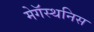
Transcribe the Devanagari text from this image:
मेगॅस्थनिस